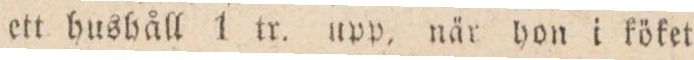
ett hushåll 1 tr. upp, när hon i köket